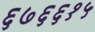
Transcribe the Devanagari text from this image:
६७६६१५